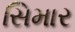
સિમાર